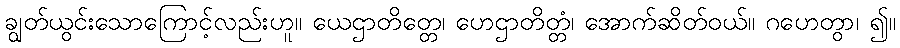
ချွတ်ယွင်းသောကြောင့်လည်းဟူ။ ယေဌာတိတ္တေ၊ ဟေဌာတိတ္တံ၊ အောက်ဆိတ်ဝယ်။ ဂဟေတွာ၊ ၍။